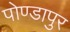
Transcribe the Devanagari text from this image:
पोण्डापुर